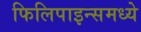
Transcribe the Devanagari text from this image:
फिलिपाइन्समध्ये